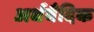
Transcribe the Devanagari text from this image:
अर्धवैदिक